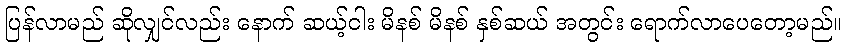
ပြန်လာမည် ဆိုလျှင်လည်း နောက် ဆယ့်ငါး မိနစ် မိနစ် နှစ်ဆယ် အတွင်း ရောက်လာပေတော့မည်။